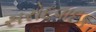
સરોદવાદક